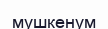
мушкенум